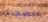
السجائر